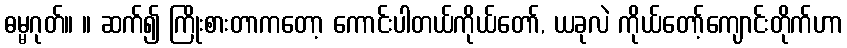
ဓမ္မဂုတ်။ ။ ဆက်၍ ကြိုးစားတာကတော့ ကောင်းပါတယ်ကိုယ်တော်, ယခုလဲ ကိုယ်တော့်ကျောင်းတိုက်ဟာ